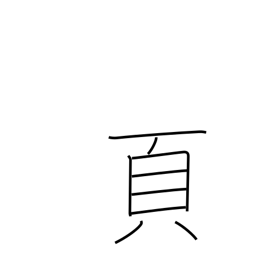
Meaning: page